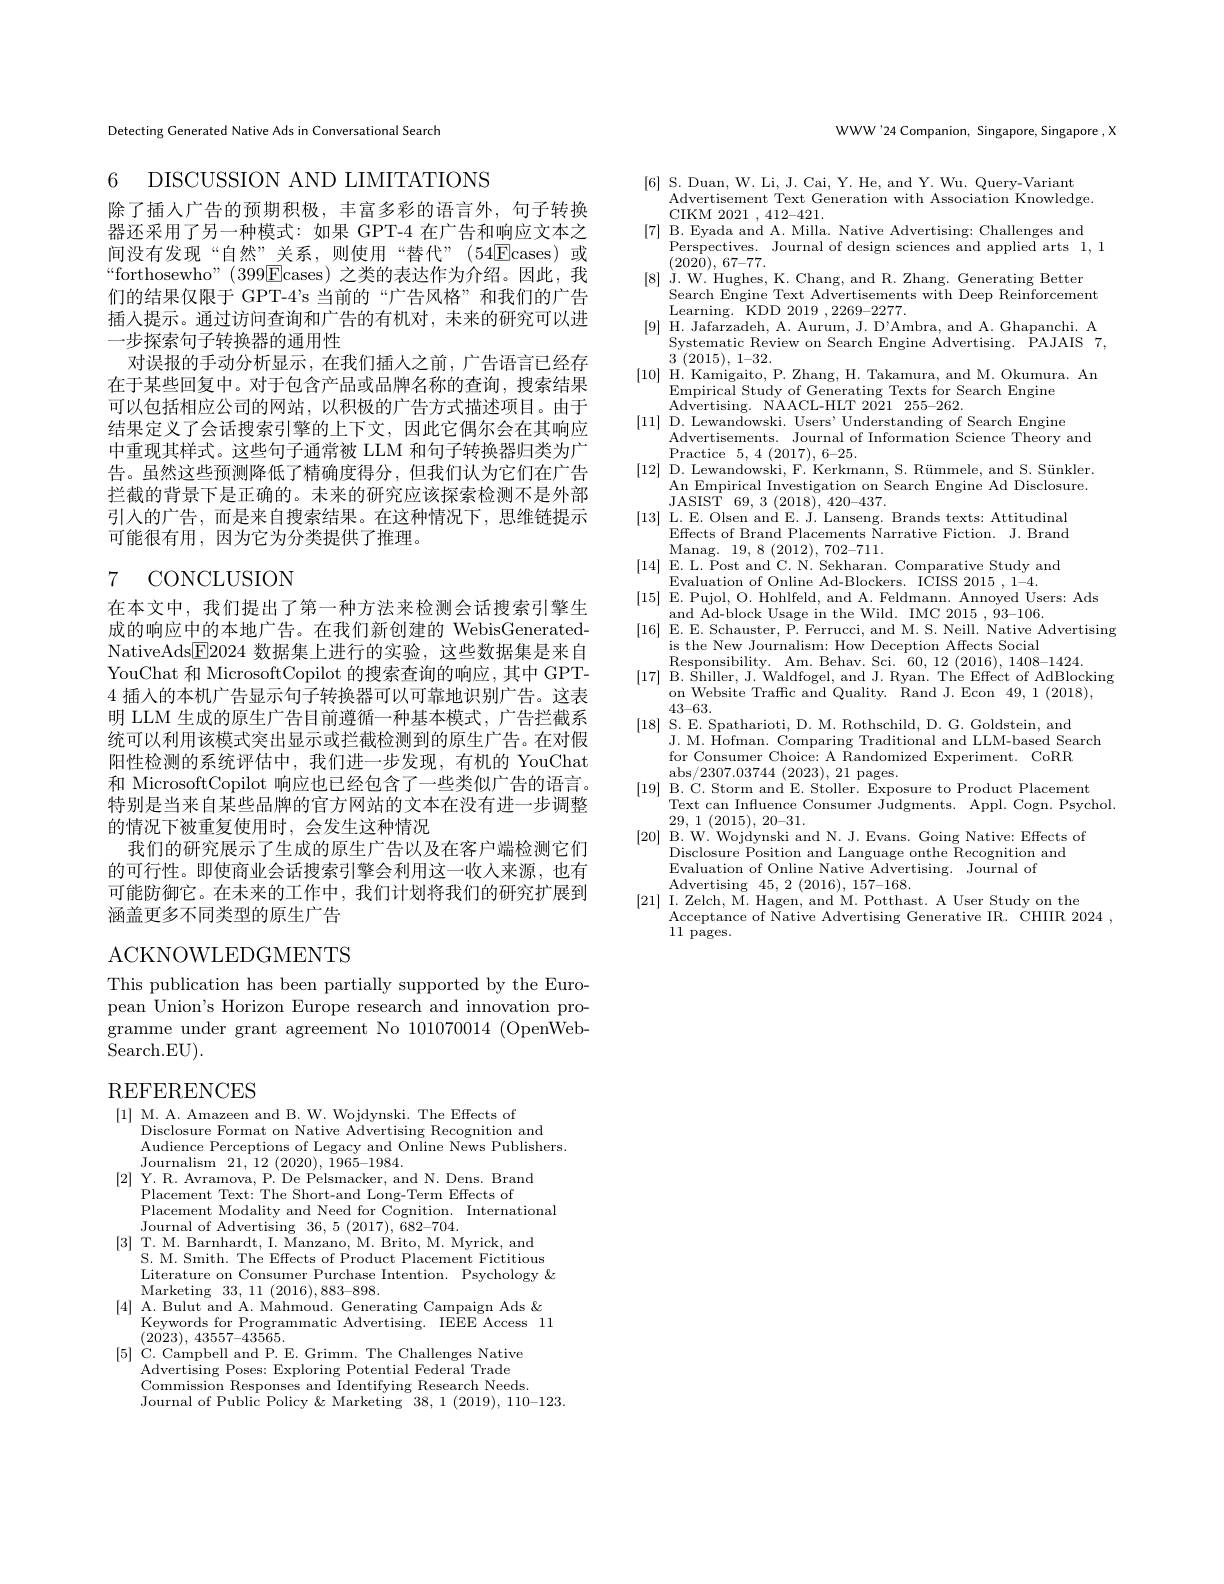
Detecting Generated Native A

6 DISCUSSION AND LIMITATIO

除了插人广告的预期积极，丰富多彩的语言外，句子转换器还采用了另一种模式：如果 GPT-4 在广告和响应文本间没有发现“自然”关系，则使用“替代”(54$\boxed{\mathrm{E}}$ $$“forthosewho”(399\boxed{\mathrm{E}}$case$ 们的结果仅限于 GPT-4's 当前的“广告风格”和我们插入提示。通过访问查询和广告的有机对，未来的研究可以进一步探索句子转换器的通用性
对误报的手动分析显示，在我们插人之前，广告语言已经存在于某些回复中。对于包含产品或品牌名称的查询，搜索结果可以包括相应公司的网站，以积极的广告方式描述项目。由于结果定义了会话搜索引擎的上下文，因此它偶尔会在其响应中重现其样式。这些句子通常被 LLM 和句子转换器归类为告。虽然这些预测降低了精确度得分，但我们认为它们在广告拦截的背景下是正确的。未来的研究应该探索检测不是外部引人的广告，而是来自搜索结果。在这种情况下，思维链提示可能很有用，因为它为分类提供了推理。

# 7 CONCLUSION

在本文中，我们提出了第一种方法来检测会话搜索引擎生成的响应中的本地广告。在我们新创建的 WebisGene NativeAds$\boxed{\mathrm{F}}2024$数据集上进行YouChat 和 MicrosoftCopilot 的4 插人的本机广告显示句子转换器可以可靠地识别广告。这表明 LLM 生成的原生广告目前遵循一种基本模式，广告拦截统可以利用该模式突出显示或拦截检测到的原生广告。在对假阳性检测的系统评估中，我们进一步发现，有机的 YouCh 和 MicrosoftCopilot 响应也已经包含了一特别是当来自某些品牌的官方网站的文本在没有进一步调整的情况下被重复使用时，会发生这种情况
我们的研究展示了生成的原生广告以及在客户端检测它们的可行性。即使商业会话搜索引擎会利用这一收入来源，也有可能防御它。在未来的工作中，我们计划将我们的研究扩展到涵盖更多不同类型的原生广告

ACKNOWLEDGMENTS

This publication has been pa pean Union's Horizon Europe research and innovation programme under grant agreement No 101070014 (OpenWebSearch. EU).

# $\operatorname{REFERENCES}$

[1] M. A. Amazeen and B. W. Wojdynski. The Effects of
Disclosure Format on Native Advertising Recognition and
Audience Perceptions of Legacy and Online News Publishers.
Journalism 21, 12 (2020), 1965-1984.
[2] Y. R. Avramova, P. De Pelsmacker, and N. Dens. Brand
Placement Text: The Short-and Long-Term Effects of
Placement Modality and Need for Cognition. International
Journal of Advertising $36,5(2017),\breve{68}2-704.$
[3] T. M. Barnhardt, I. Manzano, M. Brito, M. Myrick, and
S. M. Smith. The Effects of Literature on Consumer Purch Marketing$33,11(2016),883–89$
[4] A. Bulut and A. Mahmou
Keywords for Programmatic Ad
(2023), 43557-43565.
[5]C. Campbell and P.E. Grimm. The Challenges Native
Advertising Poses: Exploring $\bar{\text{Commission Responses and}}$ Journal of Public Policy & M

WWW'24 Companion, Singapore,

[6] S. Duan, W. Li, J. Cai
Advertisement Text Generatio
CIKM 2021 , 412-421.
[7] B. Eyada and A. Milla.
Perspectives. Journal of des
$( 202\dot{0} ) $, 67-77.
[8] J. W. Hughes, K. Chang
Search Engine Text Advertise
$\operatorname*{Learning.}$KDD2019,2269-
[9] H. Jafarzadeh, A. Auru
Systematic Review on Search
3 (2015), 1-32.
[10] H. Kamigaito, P. Zhang, H. Takamura, and M. Okumura. An
Empirical Study of Generatin
Advertising.  NAACL- HLT 2021 255- 262.  Advertising.  NAACL- HLT 2021 255- 262.
[11] D. Lewandowski. Users
Advertisements. Journal of I
$\operatorname { \mathrm{Practice}}$ 5, 4 (2017),
[ 12]  D.  Lewandowski,  F.  Ke
An Empirical Investigation o
JASIST 69, 3 (2018),420-437.
[13] L.E. Olsen and E. J.
Effects of Brand Placements
Manag.  19,  8 ( 2012) ,  702- 7
[ 14]  E.  L.  Post and C.  N.
Evaluation of Online Ad-Bloc
[ 15]  E.  Pujol,  O.  Hohlfeld
and Ad-block Usage in the Wi
[16]E.E. Schauster, P. Ferrucci, and M. S. Nei
is the New Journalism: How D
Responsibility. Am. Behav. S
[17] B. $\hat{\text{Shiller, J. Wa}}$
on Website Traffic and Quali
$43–63.$
[18]S.E. Spatharioti, D. M. Rothschild, D. G.
J. M. Hofman. Comparing Trad
for Consumer Choice: A Rando
abs/ 2307. 03744 ( 2023) ,  21
[ 19]  B.  C.  Storm and E.  St
Text can Influence Consumer
29, 1 (2015), 20-31.
[20] B. W. Wojdynski and N
Disclosure Position and Lang
Evaluation of Online Native
Advertising 45, 2 (2016), 157-168.
[21] I. Zelch, M. Hagen, a
Acceptance of Native Adverti
11 pages.